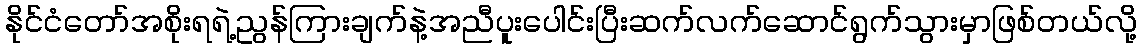
နိုင်ငံတော်အစိုးရရဲ့ညွန်ကြားချက်နဲ့အညီပူးပေါင်းပြီးဆက်လက်ဆောင်ရွက်သွားမှာဖြစ်တယ်လို့